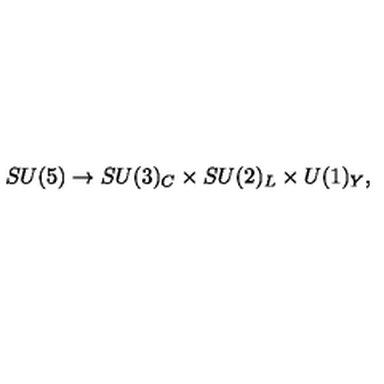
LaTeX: S U ( 5 ) \rightarrow S U ( 3 ) _ { C } \times S U ( 2 ) _ { L } \times U ( 1 ) _ { Y } ,